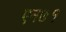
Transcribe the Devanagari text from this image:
एन७१